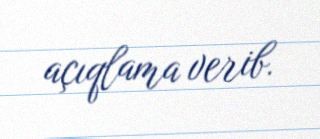
açıqlama verib.